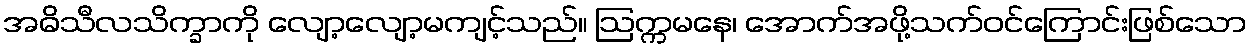
အဓိသီလသိက္ခာကို လျော့လျော့မကျင့်သည်။ ဩက္ကမနေ၊ အောက်အဖို့သက်ဝင်ကြောင်းဖြစ်သော